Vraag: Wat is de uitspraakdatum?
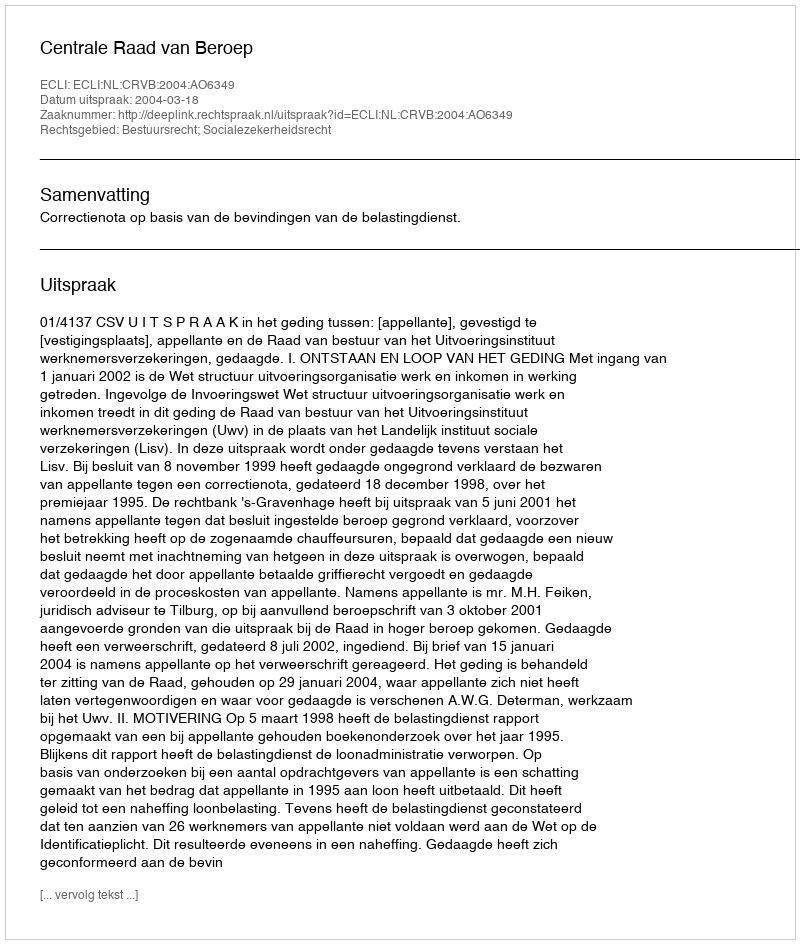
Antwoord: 2004-03-18